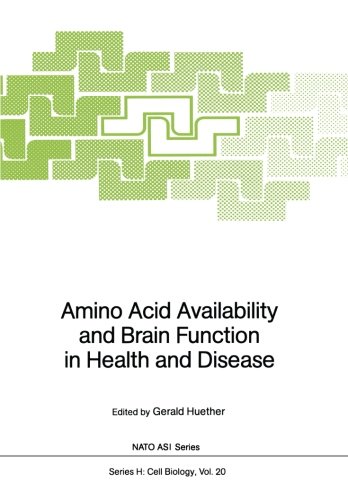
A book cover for Amino Acid Availability and Brain Function in Health and Disease (Nato ASI Subseries H:); Engineering & Transportation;